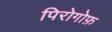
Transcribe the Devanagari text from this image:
पिरोगोफ़